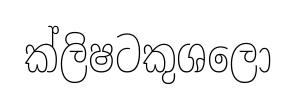
ක්ලිෂටකුශලො